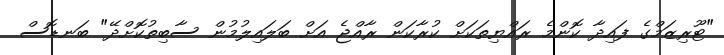
"ޓޫރިޒަމްގެ ފައިދާ ކޮންމެ ރައްޔިތަކަށް ކުރާކަން ރާއްޖެ އަށް ބަލައިލުމުން ސާބިތުކޮށްދޭ" ބަނޑޮސް